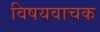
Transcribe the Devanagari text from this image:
विषयवाचक